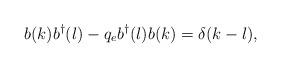
LaTeX: \begin{align*}b(k) b^{\dagger}(l)- q_{e}b^{\dagger}(l) b(k)=\delta(k-l), \end{align*}